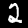
Digit: 2